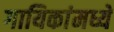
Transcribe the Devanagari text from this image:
गायिकांमध्ये